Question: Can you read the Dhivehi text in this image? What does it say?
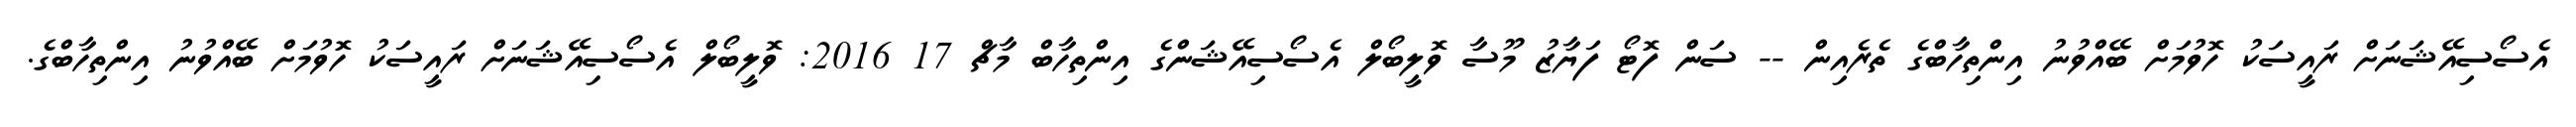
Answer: އެސޯސިއޭޝަނަށް ރައީސަކު ހޮވުމަށް ބޭއްވުނު އިންތިހާބްގެ ތެރެއިން -- ސަން ފޮޓޯ ފަޔާޒު މޫސާ ވޮލީބޯލް އެސޯސިއޭޝަންގެ އިންތިހާބް މާޗް 17 2016: ވޮލީބޯލް އެސޯސިއޭޝަނަށް ރައީސަކު ހޮވުމަށް ބޭއްވުނު އިންތިހާބްގެ.